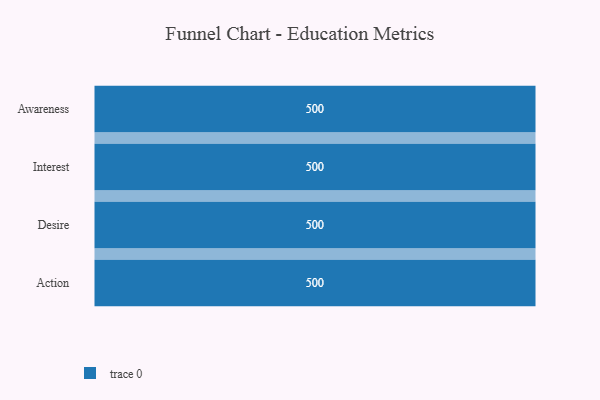
{"axis": {"x": "Stage", "y": "Value"}, "legend": [""], "data": [{"x": "Awareness", "y": 500, "type": ""}, {"x": "Interest", "y": 500, "type": ""}, {"x": "Desire", "y": 500, "type": ""}, {"x": "Action", "y": 500, "type": ""}]}